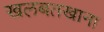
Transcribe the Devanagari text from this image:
खलबतखाना